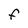
Character: F